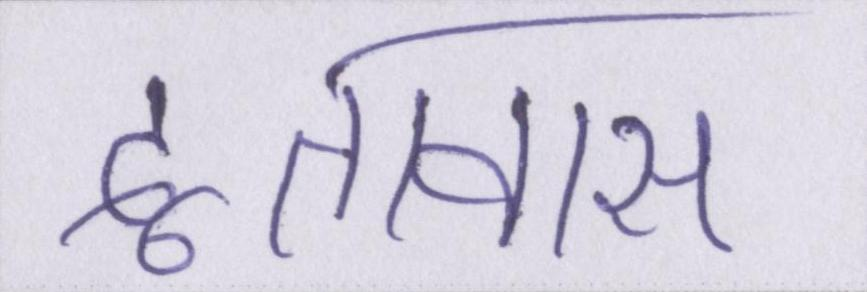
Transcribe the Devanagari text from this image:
दूतावास